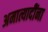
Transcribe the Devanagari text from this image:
अमात्यादींना